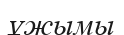
ұжымы